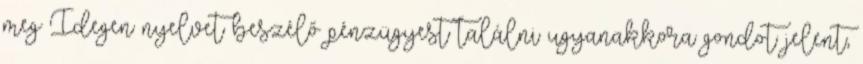
meg Idegen nyelvet beszélő pénzügyest találni ugyanakkora gondot jelent,